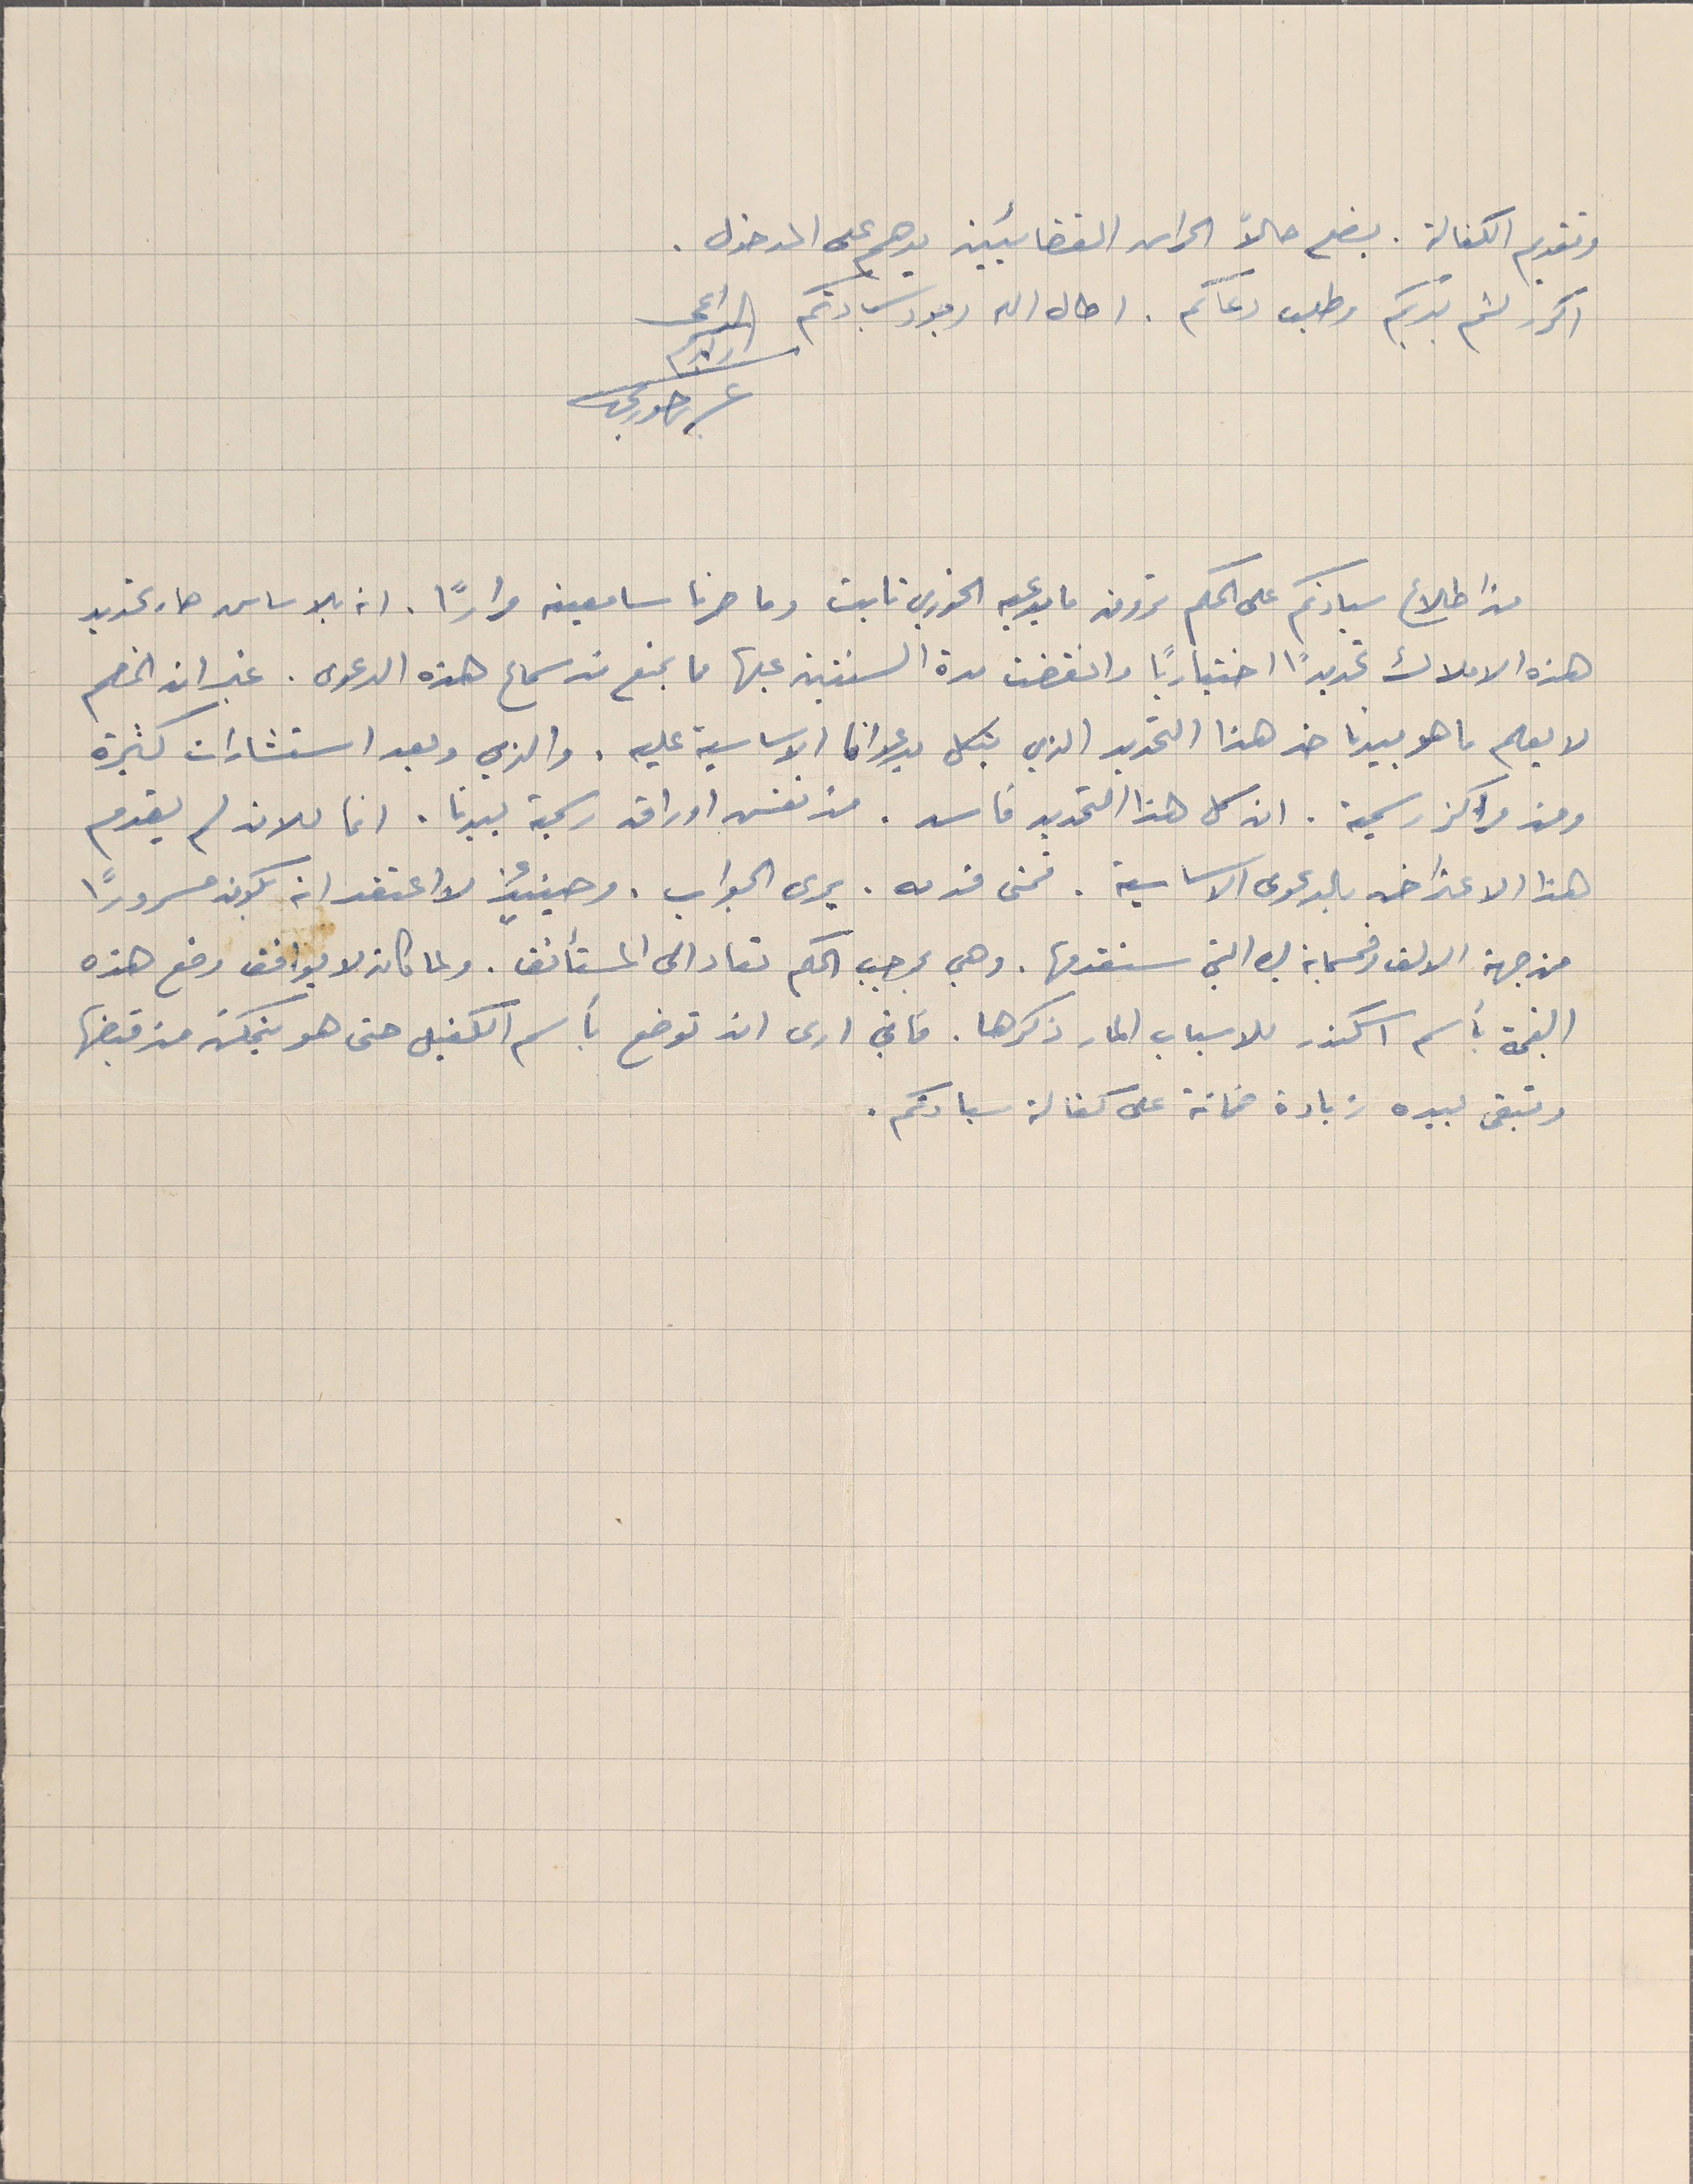
وتقديم الكفالة. يضع حالاً الحراس القضائيين يدهم على المدخول.
اكرر لثم يديكم وطلب دعاكم. اطال الله وجود سَيادتكم الداعي
عرىر حورى
من اطلاع سيادتكم على الحكم ترون ما يدعيه الخوري تابت وما صرنا سامعينه مرارًا. انه بالاساس صار تحديد
هذه الاملاك تحديدًا اختيارياً وانقضت مدة السنتين عليها ما يمنع من سماع هذه الدعوى. غير ان الخصم
لا يعلم ما هو بيدنا ضد هذا التحرير الذي يتكل بدعوانا الاساسية عليه. والذي وبعد استشارات كثيرة
ومن مراكز رسمية. ان كل هذا التحرير فاسد. من نفس اوراق رسمية بيدنا. انما للان لم يقدم
هذا الاعتراض بالدعوى الاساسية. فمتى قدمه. يرى الجواب. وحينيئذ لا اعتقد انه يكون مسرورًا
من جهة الالف وخمسماية ليره التي سنقدمها. وهي بموجب الحكم تعاد الى المستأنف. ولما كان لا يوافق وضع هذه
القيمة بأسم اسكندر للاسباب المار ذكرها. فاني ارى ان توضع بأسم الكفيل حتى هو يتمكن من قبضها
وتبقى بيده زيادة ضمانة على كفالة سيادتكم.
ولدكم